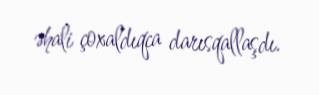
əhali çoxaldıqca darısqallaşdı.